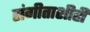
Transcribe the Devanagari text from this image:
संगीताशीही